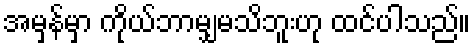
အမှန်မှာ ကိုယ်ဘာမျှမသိဘူးဟု ထင်ပါသည်။